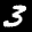
Label: 3